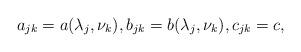
LaTeX: \begin{align*}a_{jk}=a(\lambda_j,\nu_k),b_{jk}=b(\lambda_j,\nu_k),c_{jk}=c,\end{align*}